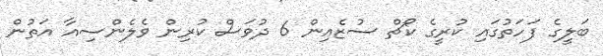
ބަލީގެ ފަހަތުގައި ކުރީގެ ކޯޗް ސުޒެއިން 6 ދުވަސް ކުރިން ވެލެންސިއާ އަތުން